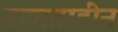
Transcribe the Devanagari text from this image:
उष्णताहीन